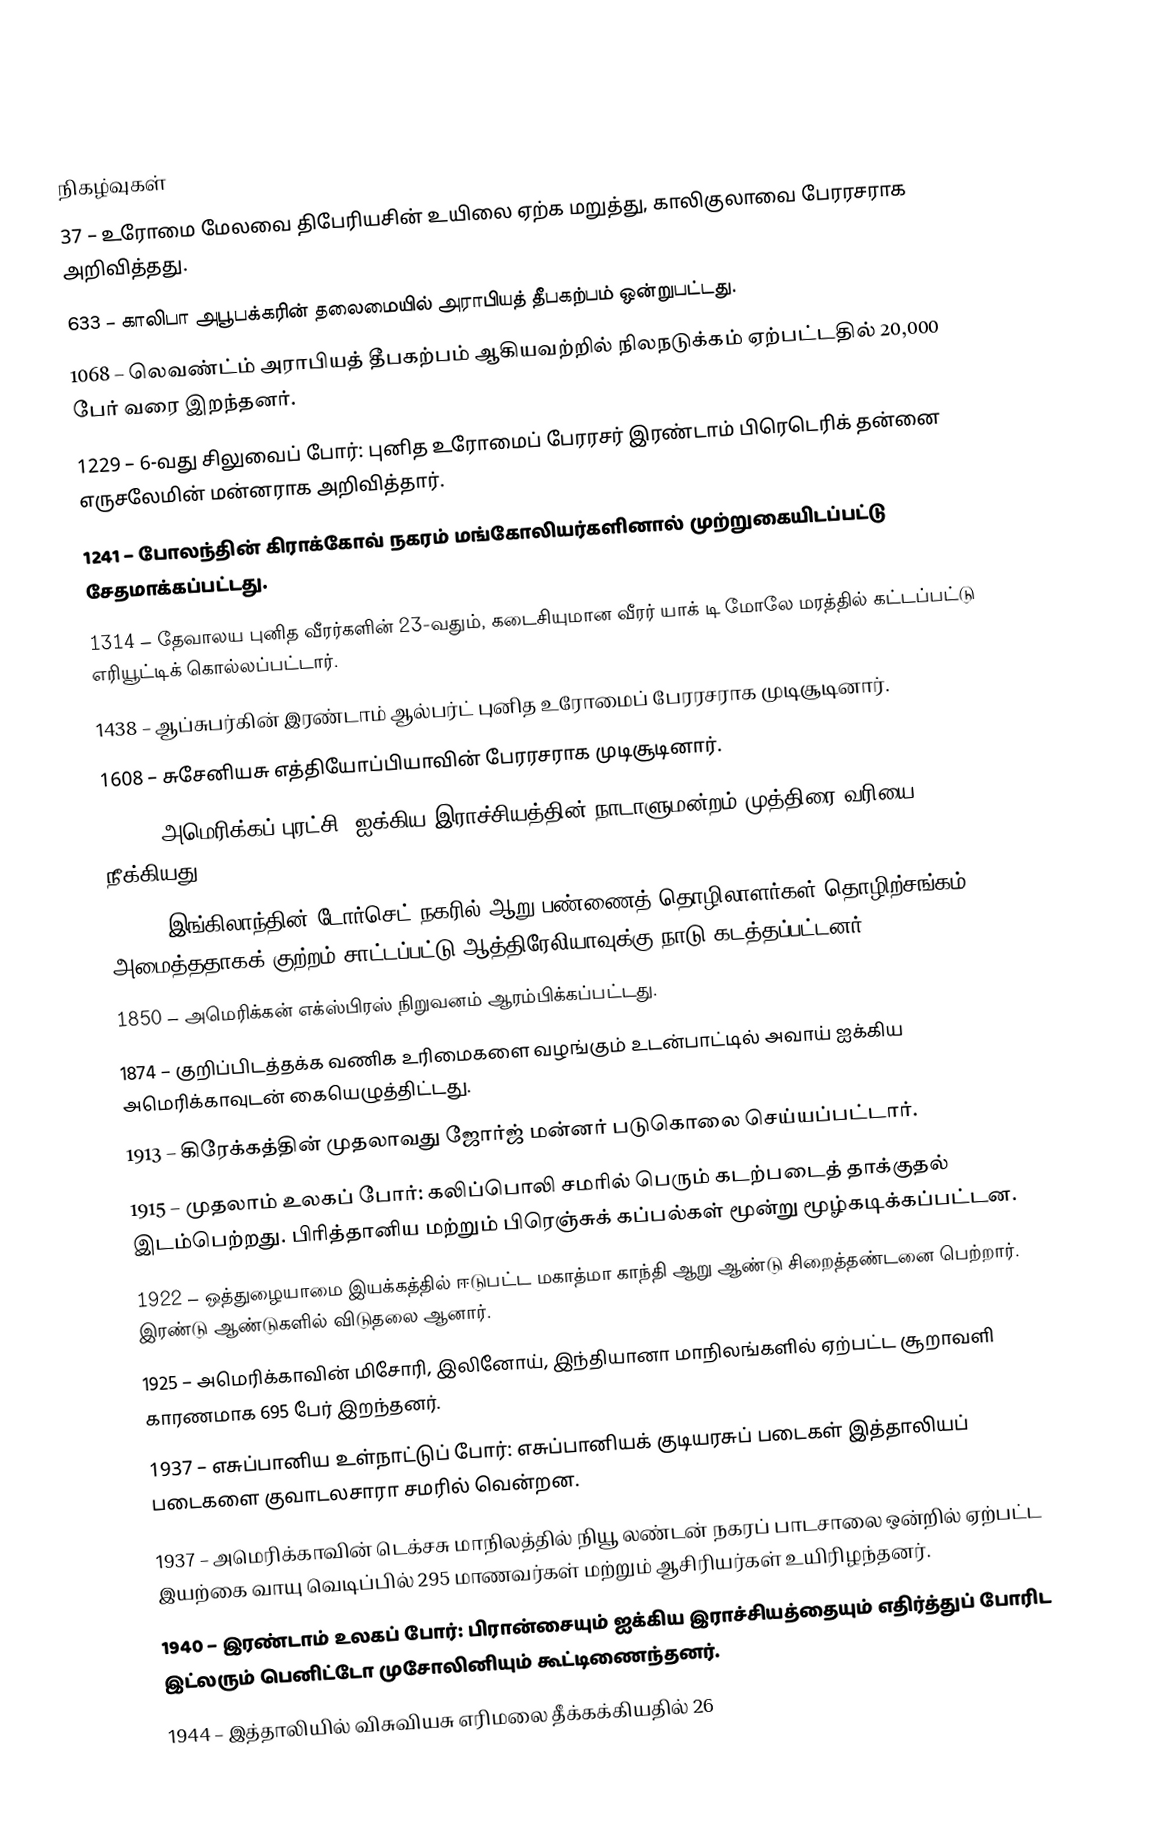

நிகழ்வுகள்
 37 – உரோமை மேலவை திபேரியசின் உயிலை ஏற்க மறுத்து, காலிகுலாவை பேரரசராக அறிவித்தது.
 633 – காலிபா அபூபக்கரின் தலைமையில் அராபியத் தீபகற்பம் ஒன்றுபட்டது.
1068 – லெவண்ட்ம் அராபியத் தீபகற்பம் ஆகியவற்றில் நிலநடுக்கம் ஏற்பட்டதில் 20,000 பேர் வரை இறந்தனர்.
1229 – 6-வது சிலுவைப் போர்: புனித உரோமைப் பேரரசர் இரண்டாம் பிரெடெரிக் தன்னை எருசலேமின் மன்னராக அறிவித்தார்.
1241 – போலந்தின் கிராக்கோவ் நகரம் மங்கோலியர்களினால் முற்றுகையிடப்பட்டு சேதமாக்கப்பட்டது.
1314 – தேவாலய புனித வீரர்களின் 23-வதும், கடைசியுமான வீரர் யாக் டி மோலே மரத்தில் கட்டப்பட்டு எரியூட்டிக் கொல்லப்பட்டார்.
1438 – ஆப்சுபர்கின் இரண்டாம் ஆல்பர்ட் புனித உரோமைப் பேரரசராக முடிசூடினார்.
1608 – சுசேனியசு எத்தியோப்பியாவின் பேரரசராக முடிசூடினார்.
1766 – அமெரிக்கப் புரட்சி: ஐக்கிய இராச்சியத்தின் நாடாளுமன்றம் முத்திரை வரியை நீக்கியது.
1834 – இங்கிலாந்தின் டோர்செட் நகரில் ஆறு பண்ணைத் தொழிலாளர்கள் தொழிற்சங்கம் அமைத்ததாகக் குற்றம் சாட்டப்பட்டு ஆத்திரேலியாவுக்கு நாடு கடத்தப்பட்டனர்.
1850 – அமெரிக்கன் எக்ஸ்பிரஸ் நிறுவனம் ஆரம்பிக்கப்பட்டது.
1874 – குறிப்பிடத்தக்க வணிக உரிமைகளை வழங்கும் உடன்பாட்டில் அவாய் ஐக்கிய அமெரிக்காவுடன் கையெழுத்திட்டது.
1913 – கிரேக்கத்தின் முதலாவது ஜோர்ஜ் மன்னர் படுகொலை செய்யப்பட்டார்.
1915 – முதலாம் உலகப் போர்: கலிப்பொலி சமரில் பெரும் கடற்படைத் தாக்குதல் இடம்பெற்றது. பிரித்தானிய மற்றும் பிரெஞ்சுக் கப்பல்கள் மூன்று மூழ்கடிக்கப்பட்டன.
1922 – ஒத்துழையாமை இயக்கத்தில் ஈடுபட்ட மகாத்மா காந்தி ஆறு ஆண்டு சிறைத்தண்டனை பெற்றார். இரண்டு ஆண்டுகளில் விடுதலை ஆனார்.
1925 – அமெரிக்காவின் மிசோரி, இலினோய், இந்தியானா மாநிலங்களில் ஏற்பட்ட சூறாவளி காரணமாக 695 பேர் இறந்தனர்.
1937 – எசுப்பானிய உள்நாட்டுப் போர்: எசுப்பானியக் குடியரசுப் படைகள் இத்தாலியப் படைகளை குவாடலசாரா சமரில் வென்றன.
1937 – அமெரிக்காவின் டெக்சசு மாநிலத்தில் நியூ லண்டன் நகரப் பாடசாலை ஒன்றில் ஏற்பட்ட இயற்கை வாயு வெடிப்பில் 295 மாணவர்கள் மற்றும் ஆசிரியர்கள் உயிரிழந்தனர்.
1940 – இரண்டாம் உலகப் போர்: பிரான்சையும் ஐக்கிய இராச்சியத்தையும் எதிர்த்துப் போரிட இட்லரும் பெனிட்டோ முசோலினியும் கூட்டிணைந்தனர்.
1944 – இத்தாலியில் விசுவியசு எரிமலை தீக்கக்கியதில் 26